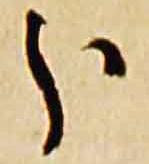
分